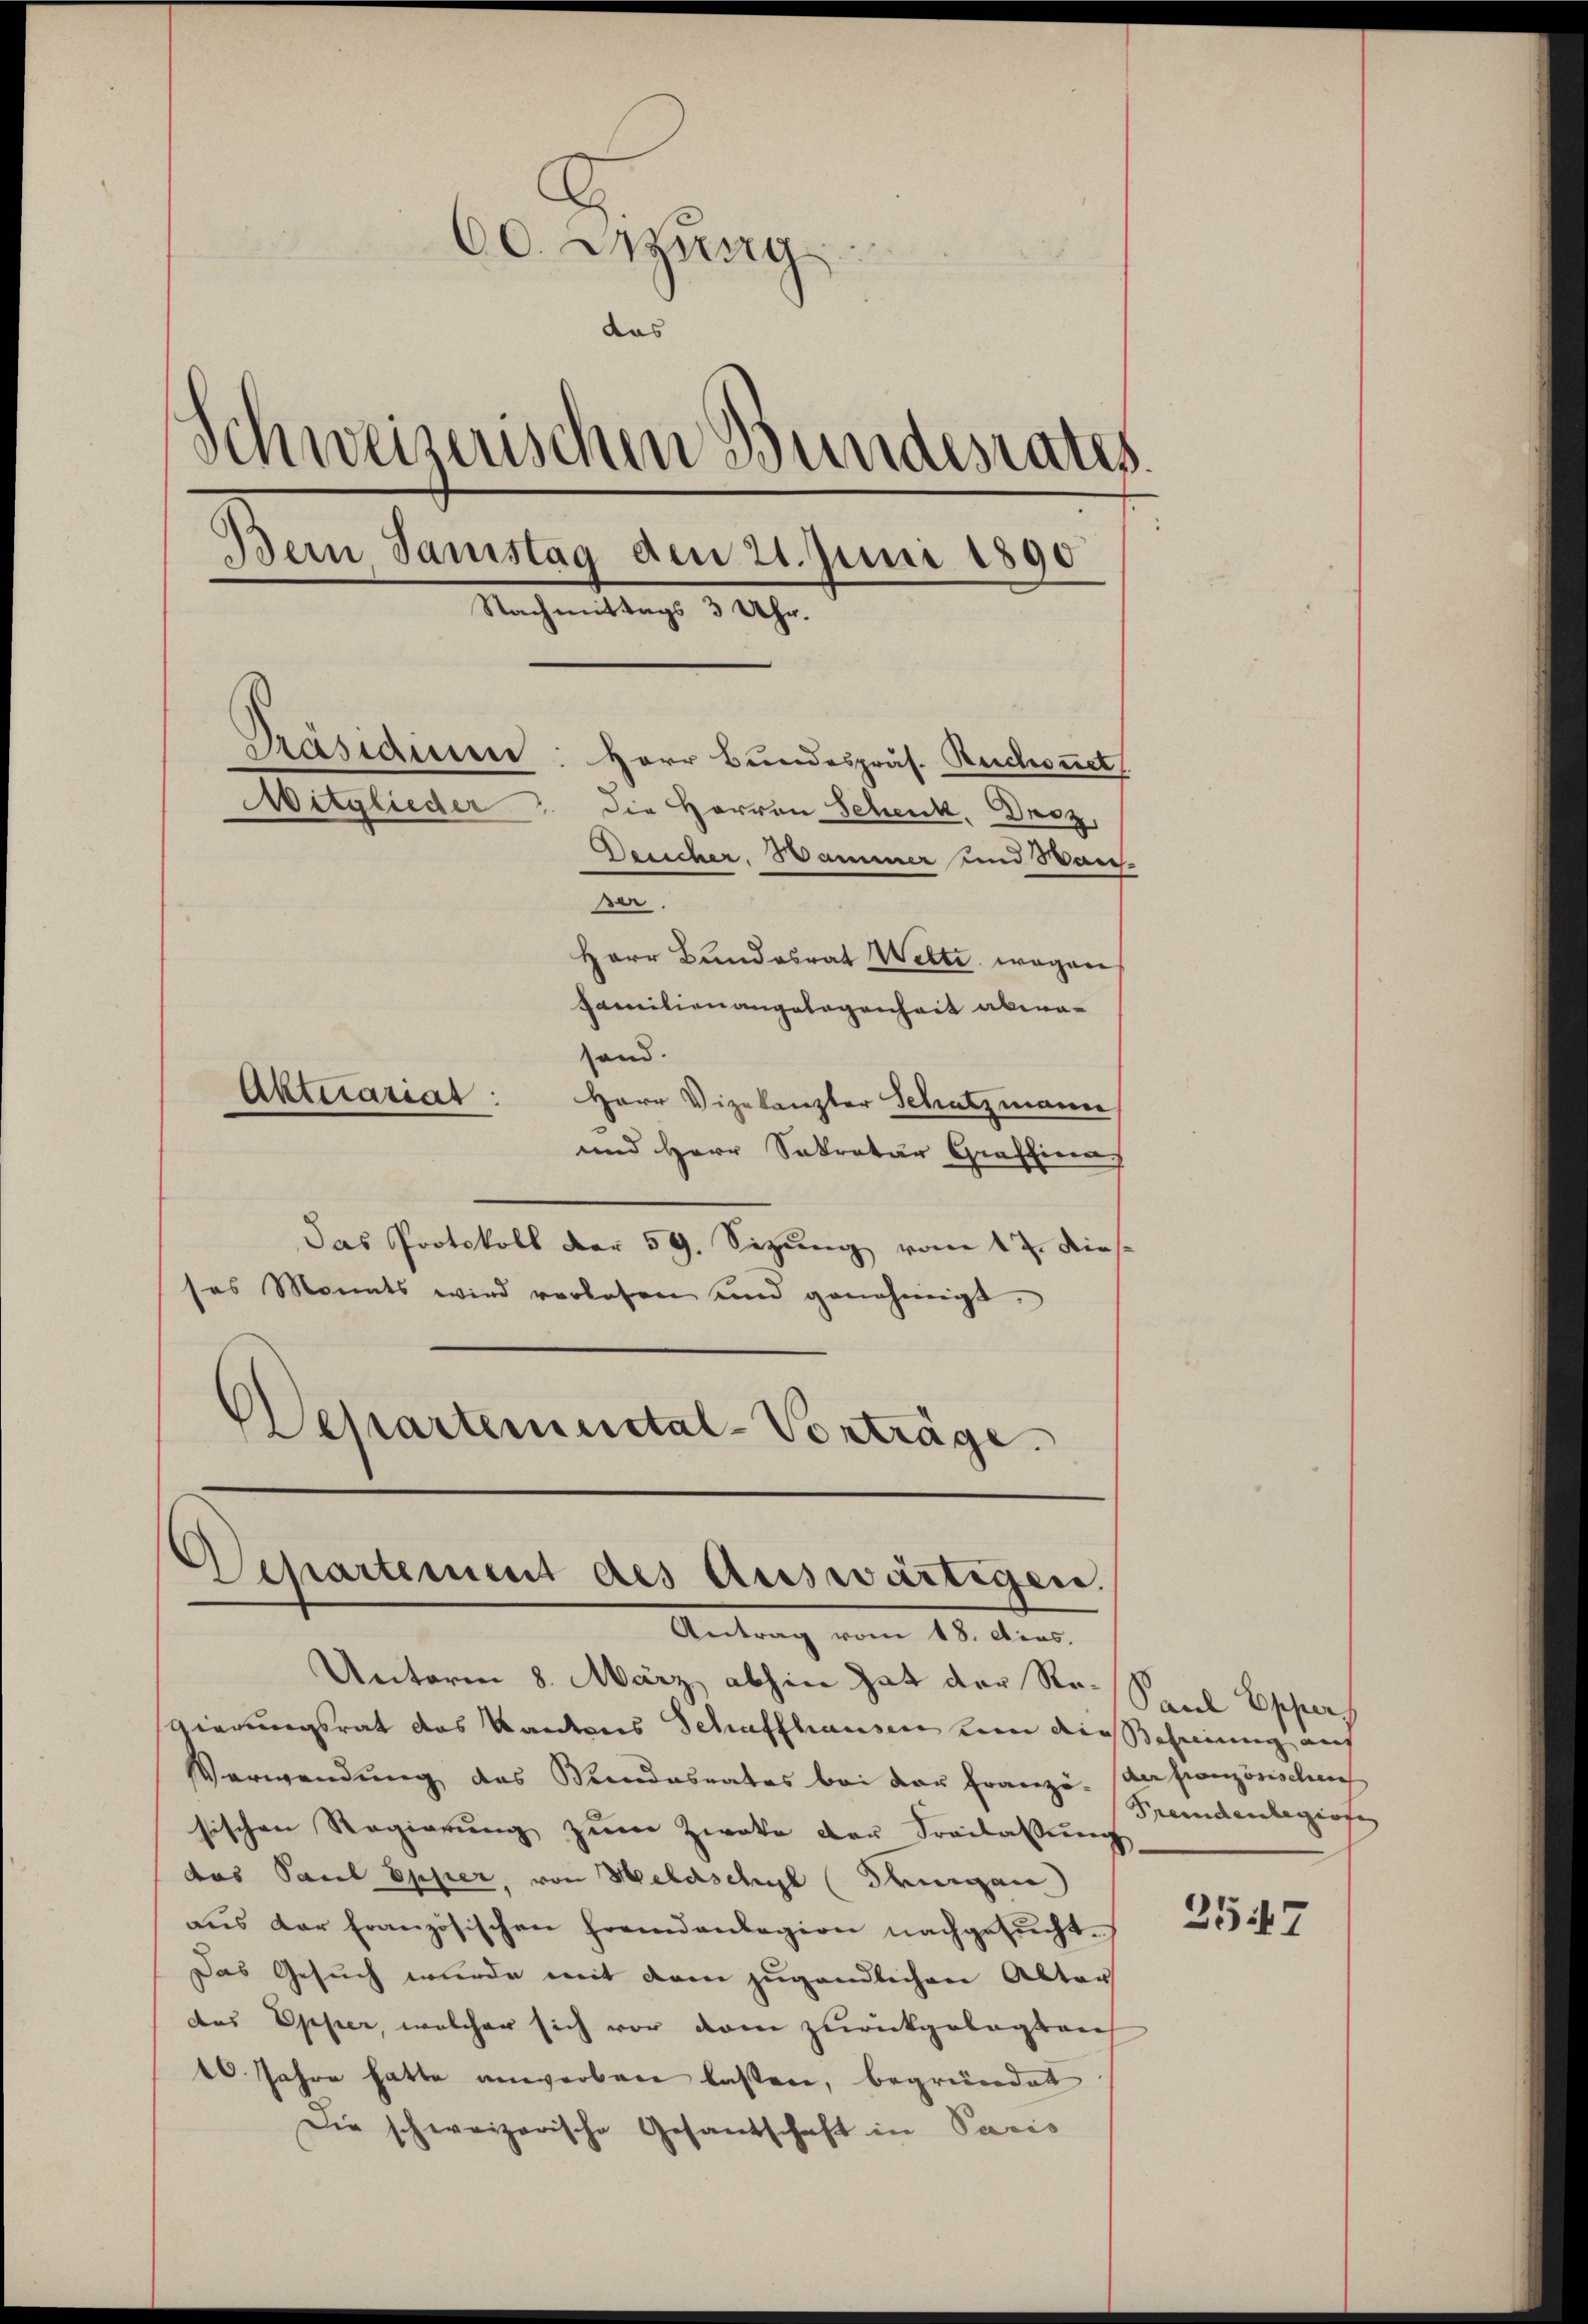
60. Sitzung
das
Schweizerischen Bundesrates.
Bein Samstag den 21. Juni 1890
Nachmittags 3 Uhr.
Präsidiuen: Herr Bundespräs. Ruchonet
Mitglieder
Die Herren Schenk, Dnez,
Deeicher. Hammer und Wans-
re.
Herr Bundesrat Welti wegen
Familienangelegenheit aberaand.
Aktuariat
Herr Vizekanzler Schatzmann

und Herr Sekretär Graffina
Das Protokoll der 59. Sizung vom 17. Dies
ses Monats wird verlesen und genehmigt.
Departemental-Vorträge.

Separtement des Auswärtigen.
Antrag vom 18. dies.

Unterm 8. März abhin hat der Re- Saal Eppers
gierungsrat das Kantons Schaffhausen von den Beheinung auf
Verwendung des Kindesrates bei der Franzö- (der französischen
sischen Regierŭng zŭm Zweke der Freilassŭng
das Paul Epper, von Heldschyl (Thurgan
aus der französischen Fremdenlagion nachgesucht.
Das Gesuch wurde mit dem zugändlichen Alter
das Opper, welcher sich vor dem zurückgelegten
40 Jahre hatte anwerben lassen, begründet
Die schweizerische Gesandschaft in Paris

Fremdenlegiose

2547